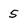
Character: 5